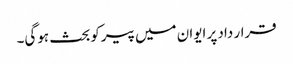
قرار داد پر ایوان میں پیرکوبحث ہوگی۔